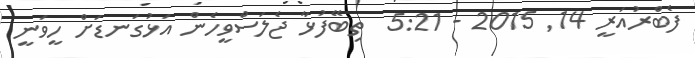
ފެބްރުއަރީ 14